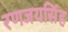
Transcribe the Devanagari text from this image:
रणजयसिंह